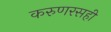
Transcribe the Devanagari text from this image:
करुणरसही